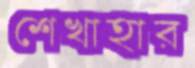
শেখাহার